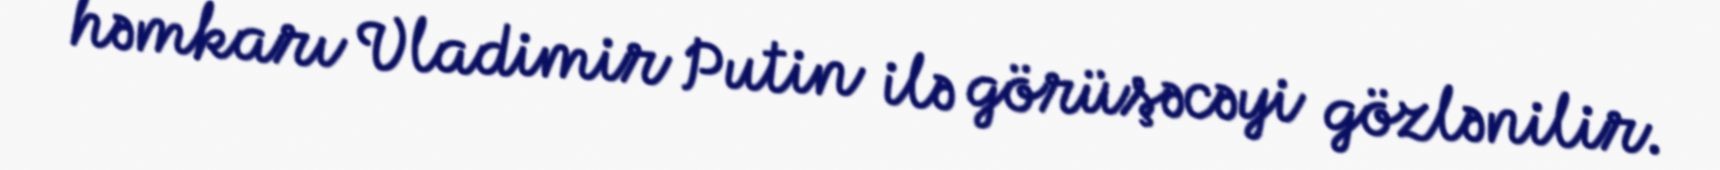
həmkarı Vladimir Putin ilə görüşəcəyi gözlənilir.